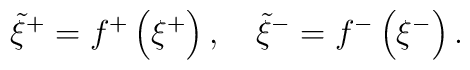
\tilde \xi ^{+}=f^{+}\left( \xi ^{+}\right) ,\quad \tilde \xi^{-}=f^{-}\left( \xi ^{-}\right) .